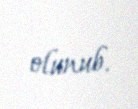
olunub.